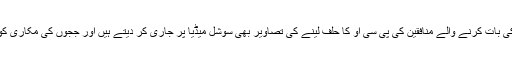
لوگ ظالم ہیں وہ قانون کی حکمرانی کی بات کرنے والے منافقین کی پی سی او کا حلف لینے کی تصاویر بھی سوشل میڈیا پر جاری کر دیتے ہیں اور ججوں کی مکاری کو ایک زور دار تھپڑ رسید کرتے ہیں ۔